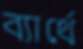
ব্যার্থে